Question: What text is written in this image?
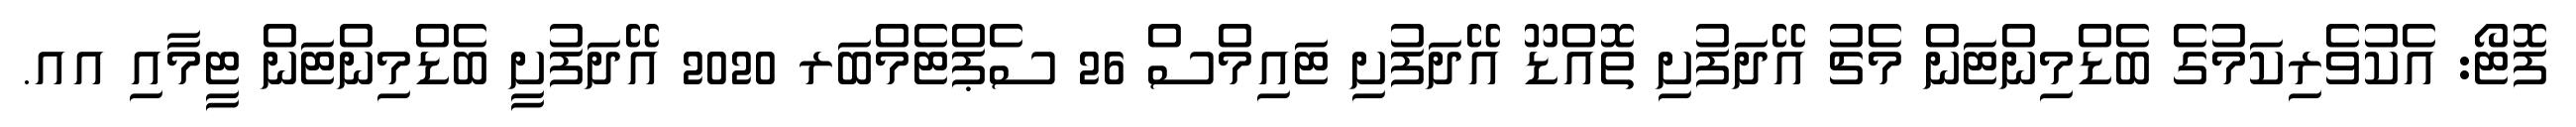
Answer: ފޮޓޯ: އެކުވެރިކަމުގެ ބެޑްމިންޓަން މެޗު އޭދަފުށި ތޮއްޑޫ އޭދަފުށި ޓައިމްސް 26 ސެޕްޓެމްބަރ 2020 އޭދަފުށީ ބެޑްމިންޓަން ޓީމާއި އއ.